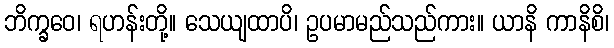
ဘိက္ခဝေ၊ ရဟန်းတို့။ သေယျထာပိ၊ ဥပမာမည်သည်ကား။ ယာနိ ကာနိစိ၊